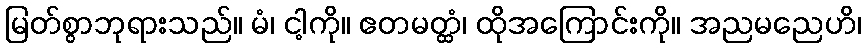
မြတ်စွာဘုရားသည်။ မံ၊ ငါ့ကို။ ဧတမတ္ထံ၊ ထိုအကြောင်းကို။ အညမညေဟိ၊